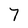
Character: 7